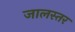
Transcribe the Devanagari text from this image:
जालस्तर